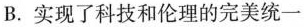
B.实现了科技和伦理的完美统一